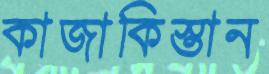
কাজাকিস্তান